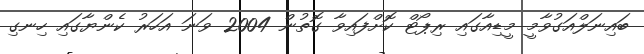
ބައިނަލްއަގުވާމީ މީޑިއާގައި ރިޕޯޓް ކޮށްފައިވާ ގޮތުން 2004 ވަނަ އަހަރު ކެންޔާގައި ހިނގި